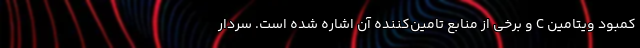
کمبود ویتامین C و برخی از منابع تامین‌کننده آن اشاره شده است. سردار